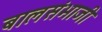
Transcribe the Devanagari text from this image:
बालसंभाजी